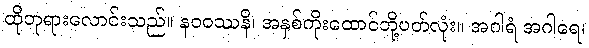
ထိုဘုရားလောင်းသည်။ နဝဝဿနိ၊ အနှစ်ကိုးထောင်တို့ပတ်လုံး။ အဂါရံ အဂါရေ၊